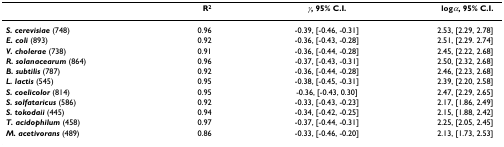
<table><thead><tr><td></td><td><b>R<sup>2</sup></b></td><td><b><i>γ</i>, 95% C.I.</b></td><td><b>log<i>α</i>, 95% C.I.</b></td></tr></thead><tbody><tr><td><b><i>S. cerevisiae </i></b>(748)</td><td>0.96</td><td>-0.39, [-0.46, -0.31]</td><td>2.53, [2.29, 2.78]</td></tr><tr><td><b><i>E. coli </i></b>(893)</td><td>0.92</td><td>-0.36, [-0.43, -0.28]</td><td>2.51, [2.29. 2.74]</td></tr><tr><td><b><i>V. cholerae </i></b>(738)</td><td>0.91</td><td>-0.36, [-0.44, -0.28]</td><td>2.45, [2.22, 2.68]</td></tr><tr><td><b><i>R. solanacearum </i></b>(864)</td><td>0.96</td><td>-0.37, [-0.43, -0.31]</td><td>2.50, [2.32, 2.68]</td></tr><tr><td><b><i>B. subtilis </i></b>(787)</td><td>0.92</td><td>-0.36, [-0.44, -0.28]</td><td>2.46, [2.23, 2.68]</td></tr><tr><td><b><i>L. lactis </i></b>(545)</td><td>0.95</td><td>-0.38, [-0.45, -0.31]</td><td>2.39, [2.20, 2.58]</td></tr><tr><td><b><i>S. coelicolor </i></b>(814)</td><td>0.95</td><td>-0.36, [-0.43, 0.30]</td><td>2.47, [2.29, 2.65]</td></tr><tr><td><b><i>S. solfataricus </i></b>(586)</td><td>0.92</td><td>-0.33, [-0.43, -0.23]</td><td>2.17, [1.86, 2.49]</td></tr><tr><td><b><i>S. tokodaii </i></b>(445)</td><td>0.94</td><td>-0.34, [-0.42, -0.25]</td><td>2.15, [1.88, 2.42]</td></tr><tr><td><b><i>T. acidophilum </i></b>(458)</td><td>0.97</td><td>-0.37, [-0.44, -0.31]</td><td>2.25, [2.05, 2.45]</td></tr><tr><td><b><i>M. acetivorans </i></b>(489)</td><td>0.86</td><td>-0.33, [-0.46, -0.20]</td><td>2.13, [1.73, 2.53]</td></tr></tbody></table>